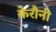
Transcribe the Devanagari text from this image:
केरौनी